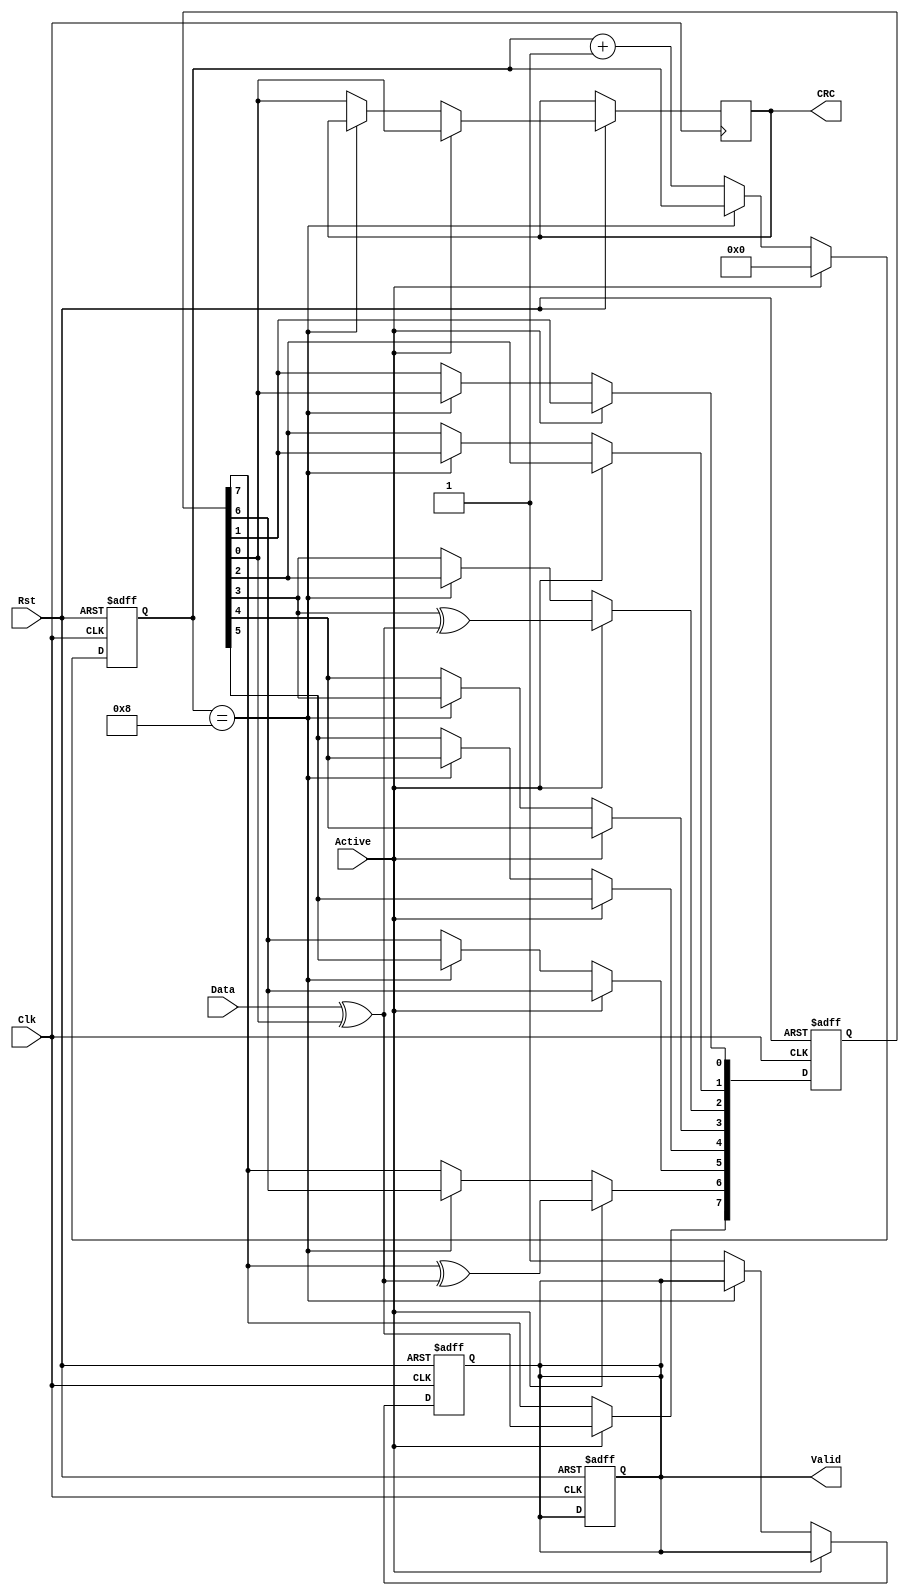
module CRC
#(parameter N=8 , Tabs=8'b01000100 , Seed=8'hD8)
(
	input Clk,Rst,Data,
	input Active  ,       //to perform shifting & xoring
	output reg Valid,CRC      //serial output
	
);
wire feedback;
reg [4:0] counter;
wire counter_max;
reg [N-1:0] lfsr=8'hD8;  //8 bits register
integer i;


//combainational code 
assign feedback = Data ^  lfsr[0] ;
assign count_max = (counter == 5'd8);

//sequential code 
always@(posedge Clk or negedge Rst)
begin
    if(!Rst)
	    begin
	    lfsr<=Seed;
		Valid=1'b0;
		end
		
    else
	begin
	    if(Active)
	    begin
		    CRC<=lfsr[0];
		    lfsr[N-1]<=feedback;
		    for( i=N-2 ; i>=0 ; i=i-1)
		    begin
		        if( Tabs[i] )
			        lfsr[i]<=( lfsr[i+1] ^ feedback ) ;
		        else
			        lfsr[i]<= lfsr[i+1];
	        end
	    end
		
        else if(!count_max)   //serial output
	    begin
		    Valid=1'b1;
	        {lfsr[N-2:0],CRC}<=lfsr;
		end
	end
end

////////////// counter to control number of shift operations //////////////////////
always@(posedge Clk or negedge Rst)
begin
    if(!Rst)
	begin
	    counter<=5'd8;
		Valid<=1'b0;
	end

	else if(Active)
	    counter<=5'd0;
		
	else if(!count_max)
	    counter<=counter+1;
		
end
endmodule